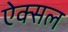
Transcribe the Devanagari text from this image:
ऐक्सल